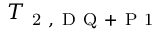
T _ { \mathrm { ~ 2 ~ , ~ D ~ Q ~ + ~ P ~ 1 ~ } }